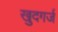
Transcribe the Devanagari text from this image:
खुदगर्ज